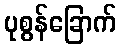
ပုစွန်ခြောက်